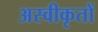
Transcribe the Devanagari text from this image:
अस्‍वीकृतों